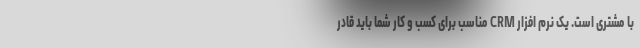
با مشتری است. یک نرم افزار CRM مناسب برای کسب و کار شما باید قادر